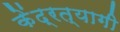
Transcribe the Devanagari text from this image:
केंद्रत्यागी